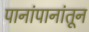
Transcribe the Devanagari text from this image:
पानांपानांतून